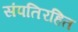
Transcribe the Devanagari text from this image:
संपतिरहित